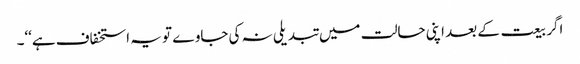
اگر بیعت کے بعد اپنی حالت میں تبدیلی نہ کی جاوے تو یہ استخفاف ہے‘‘۔